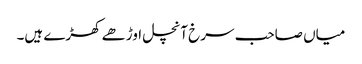
میاں صاحب سرخ آنچل اوڑھے کھڑے ہیں۔